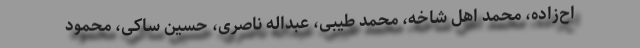
اح‌زاده، محمد اهل شاخه، محمد طیبی، عبداله ناصری، حسین ساکی، محمود